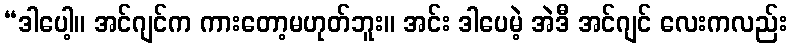
“ဒါပေါ့။ အင်ဂျင်က ကားတော့မဟုတ်ဘူး။ အင်း ဒါပေမဲ့ အဲဒီ အင်ဂျင် လေးကလည်း